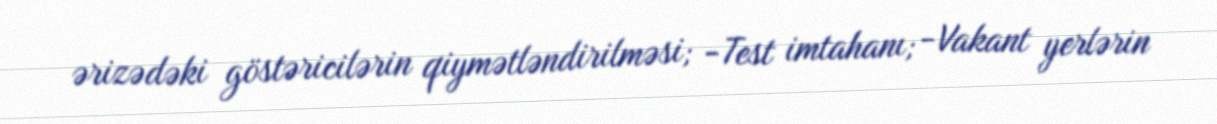
ərizədəki göstəricilərin qiymətləndirilməsi; -Test imtahanı; -Vakant yerlərin